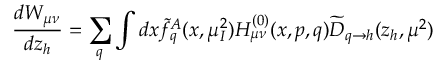
\frac { d W _ { \mu \nu } } { d z _ { h } } = \sum _ { q } \int d x \widetilde { f } _ { q } ^ { A } ( x , \mu _ { I } ^ { 2 } ) H _ { \mu \nu } ^ { ( 0 ) } ( x , p , q ) \widetilde { D } _ { q \rightarrow h } ( z _ { h } , \mu ^ { 2 } )